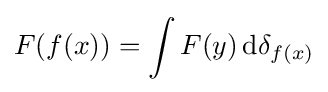
F(f(x))=\int F(y)\,{\text{d}}\delta _{f(x)}